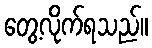
တွေ့လိုက်ရသည်။